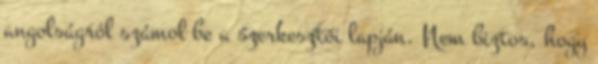
angolságról számol be a szerkesztői lapján. Nem biztos, hogy